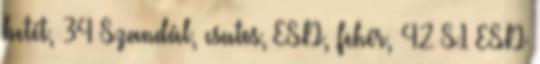
betét, 34 Szandál, csatos, ESD, fehér, 42 S1 ESD